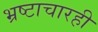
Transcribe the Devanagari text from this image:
भ्रष्टाचारही